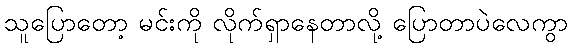
သူပြောတော့ မင်းကို လိုက်ရှာနေတာလို့ ပြောတာပဲလေကွာ